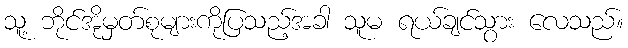
သူ့ ဘိုင်အိုမှတ်စုများကိုပြသည့်အခါ သူမ ရယ်ချင်သွား လေသည်။